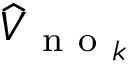
\widehat { V } _ { \mathrm { ~ n ~ o ~ } _ { k } }